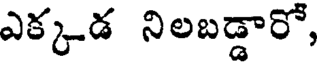
ఎక్కడ నిలబడ్డారో,